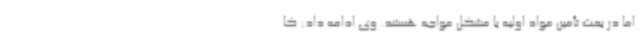
اما در بحث تأمین مواد اولیه با مشکل مواجه هستند. وی ادامه داد: کا